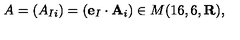
A = ( A _ { I i } ) = ( { \bf e } _ { I } \cdot { \bf A } _ { i } ) \in M ( 1 6 , 6 , { \bf R } ) ,